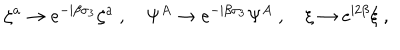
\zeta ^ { a } \rightarrow e ^ { - \mathrm { i } \beta \sigma _ { 3 } } \zeta ^ { a } \ , \quad \Psi ^ { A } \rightarrow e ^ { - \mathrm { i } \beta \sigma _ { 3 } } \Psi ^ { A } \ , \quad \xi \rightarrow e ^ { \mathrm { i } 2 \beta } \xi \ ,